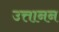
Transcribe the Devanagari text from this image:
उत्तानन